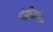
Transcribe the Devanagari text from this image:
रेफ़्रिजरेटर